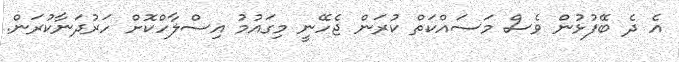
އެ ދެ ބޭފުޅުން ވެސް މަސައްކަތް ކުރަން ޖެހޭނީ މިގައުމު އިސްލާހްކޮށް ހަރުދަނާކުރަން.